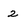
Character: 2